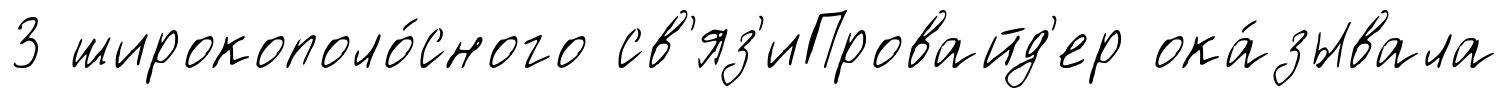
3 широкополо́сного св'яз'иПровайд'ер ока́зывала